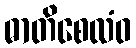
ဓာတိစေလံဝ